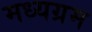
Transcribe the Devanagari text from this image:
मध्यग्रम